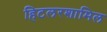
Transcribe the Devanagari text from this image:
हिटलरशामिल